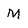
Character: M